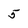
Character: 5